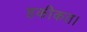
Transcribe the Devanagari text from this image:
हकीकत।